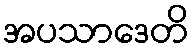
အပသာဒေတိ